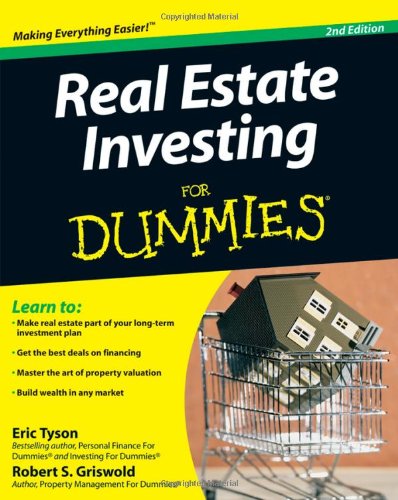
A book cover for Real Estate Investing For Dummies, 2nd Edition; Eric Tyson; Business & Money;